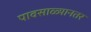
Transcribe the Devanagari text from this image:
पावसाळ्यानतर